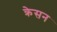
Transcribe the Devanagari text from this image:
क्रेसन